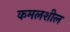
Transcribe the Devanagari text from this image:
कमलशील